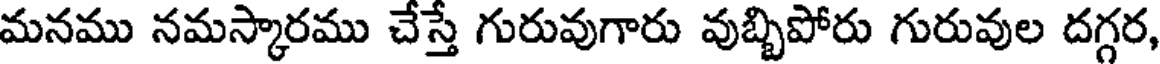
మనము నమస్కారము చేస్తే గురువుగారు వుబ్బిపోరు గురువుల దగ్గర,